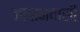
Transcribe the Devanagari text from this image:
जापानवासी